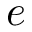
e